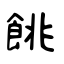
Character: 餆